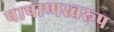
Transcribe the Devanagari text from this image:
पाषाणस्वरूप